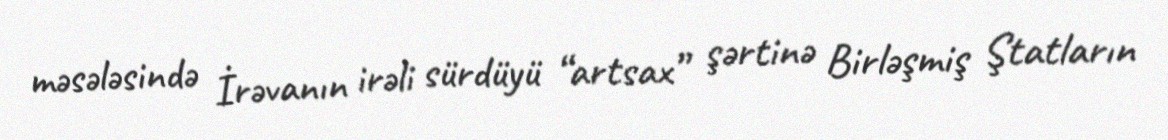
məsələsində İrəvanın irəli sürdüyü “artsax” şərtinə Birləşmiş Ştatların